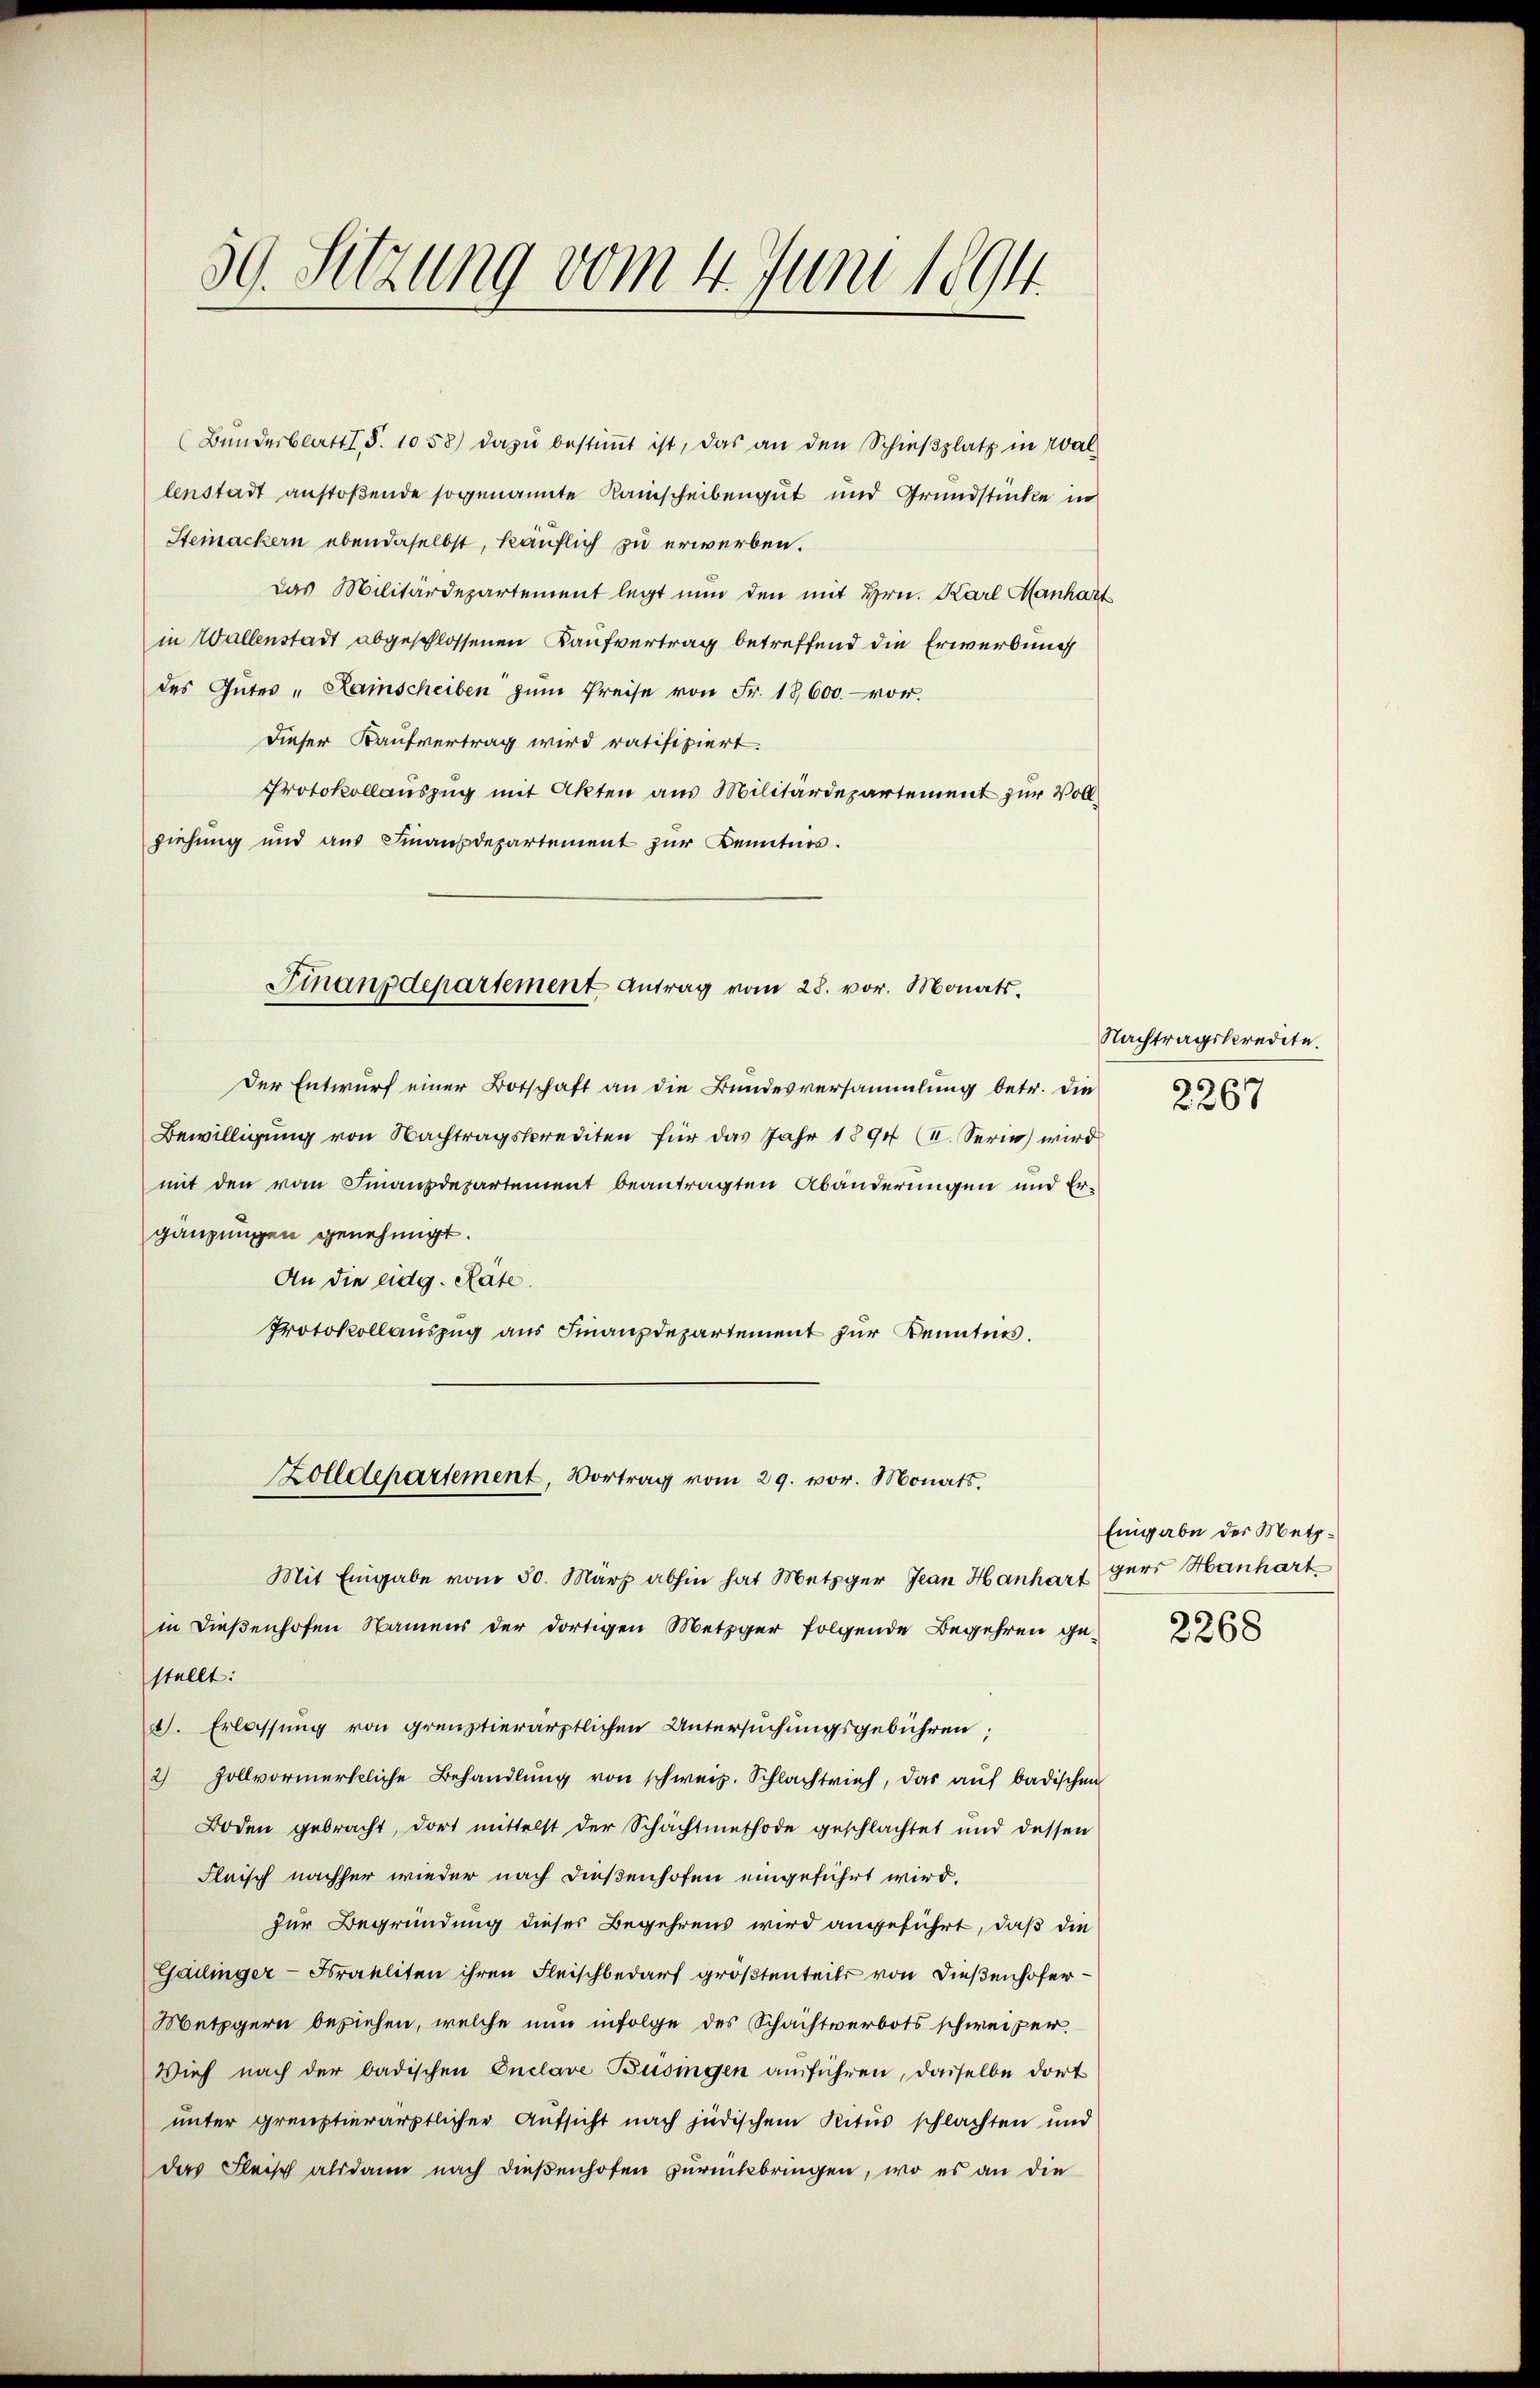
1
50. Setzung vom 4. Juni 1894

(Bŭndesblatt. S. 1058) dazŭ bestiṁt ist, das an den Schieβplatz in Wallenstadt anstoßende sogenannte Kaischeibengut und Grundstücke in
Steinackern ebendaselbst, käuflich zu erwerben.
das Militärdepartement legt nun den mit Hrn. Karl Manhart
in Wallenstadt abgeschlossenen Kaufvertrag betreffend die Erwerbung
des Güter - Lainscheiben zŭm Preise von Fr. 18600.- vor.
Dieser Kaufvertrag wird ratifiziert.
Protokollauszug mit Akten aus Militärdepartement zur Vollziehung und aus Finanzdepartement zur Kenntens.
Der Entwurf einer Botschaft an die Bundesversammlung betr. die
Bewilligung von Nachtragskrediten für das Jahr 1894 (II. Serie) wird
mit den vom Finanzdepartement beantragten Abänderungen und Ergänzungen genehmigt.
An die eidg. Räte.
Protokollauszug aus Finanzdepartement zur Kenntnis.
Zolldepartement, Vortrag vom 29. vor. Monats,
Mit Eingabe vom 30. März abhin hat Metzger Jean Hanhart Herr Hanhart
in Dießenhofen Namens der dortigen Metzger folgende Begehren gestellt:
d. Erlassung von grenztierärztlichen Untersuchungsgebühren;
2) Zollvormerkliche Behandlŭng von schweiz. Schlachtrief, das aŭf badischen
Boden gebracht, dort mittelst der Schachtmethode geschlachtet und dessen
Fleisch nachher wieder nach dießenhofen eingeführt wird.
zur Begründung dieses Begehrens wird angeführt, daß die
Gailinger-Frakliten ihren Fleischbedarf größtenteils von Dießenhofer¬
Metzgern beziehen, welche nun infolge des Schachtverbots schweizer.
Vieh nach der badischen Onclave Büsingen anführen, daselbe dort
unter grenztierärztlicher Aufsicht nach jüdischem Ritus schlachten und
das Fleisch alsdann nach dießenhofen zurückbringen, wo es an die

Finanzdepartement Antrag vom 28. vor. Monats.

Nachtragskredete.
2267

Eingabe der Metz¬

2268